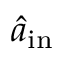
\hat { a } _ { \mathrm { i n } }